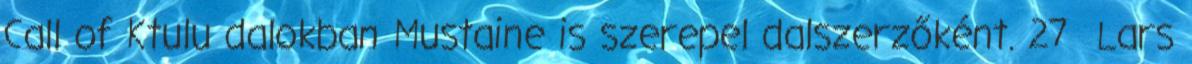
Call of Ktulu dalokban Mustaine is szerepel dalszerzőként. 27 Lars